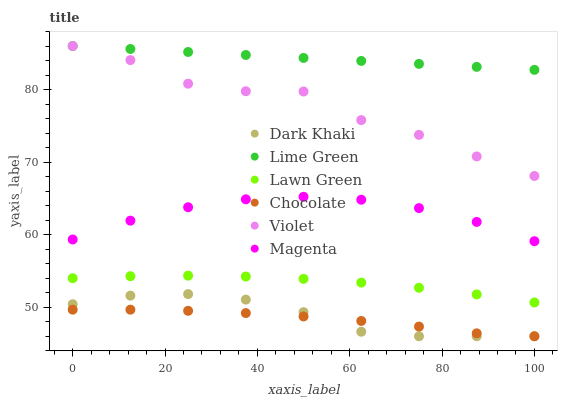
| xaxis_label | Dark Khaki | Lime Green | Lawn Green | Chocolate | Violet | Magenta |
 | --- | --- | --- | --- | --- | --- | --- |
 | 0 | 50.4 | 86 | 54 | 49.7 | 86 | 59.3 |
 | 12.5 | 51.6 | 85.6 | 54.3 | 49.7 | 84.1 | 61.9 |
 | 25 | 51.8 | 85.2 | 54.4 | 49.5 | 80.8 | 63.8 |
 | 37.5 | 51.1 | 84.8 | 54.2 | 49.2 | 79.8 | 64.9 |
 | 50 | 49.3 | 84.4 | 53.9 | 48.7 | 79.7 | 65.2 |
 | 62.5 | 46.6 | 83.9 | 53.4 | 48.1 | 75.8 | 64.8 |
 | 75 | 46 | 83.5 | 52.7 | 47.3 | 73.8 | 63.7 |
 | 87.5 | 46 | 83.1 | 51.8 | 46.4 | 70.8 | 61.8 |
 | 100 | 46 | 82.7 | 50.7 | 46 | 68.1 | 59.1 |